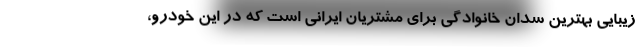
زیبایی بهترین سدان خانوادگی برای مشتریان ایرانی است که در این خودرو،